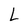
Character: L